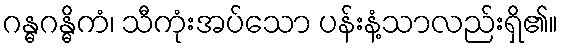
ဂန္ဓဂန္ဓိကံ၊ သီကုံးအပ်သော ပန်းနံ့သာလည်းရှိ၏။